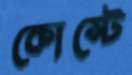
কোস্টে